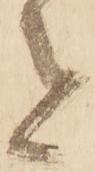
と